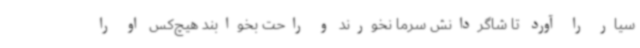
سیار را آورد تا شاگردانش سرما نخورند و راحت بخوابند هیچ‌کس او را